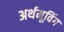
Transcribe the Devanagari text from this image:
अर्थमूविंग